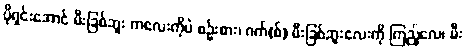
ပိုရှင်းအောင် မီးခြစ်ဘူး ကလေးကိုပဲ စဉ်းစား၊ ဂက်(စ်) မီးခြစ်ဘူးလေးကို ကြည့်လေ၊ မီး